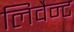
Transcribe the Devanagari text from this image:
लिवैन्ट